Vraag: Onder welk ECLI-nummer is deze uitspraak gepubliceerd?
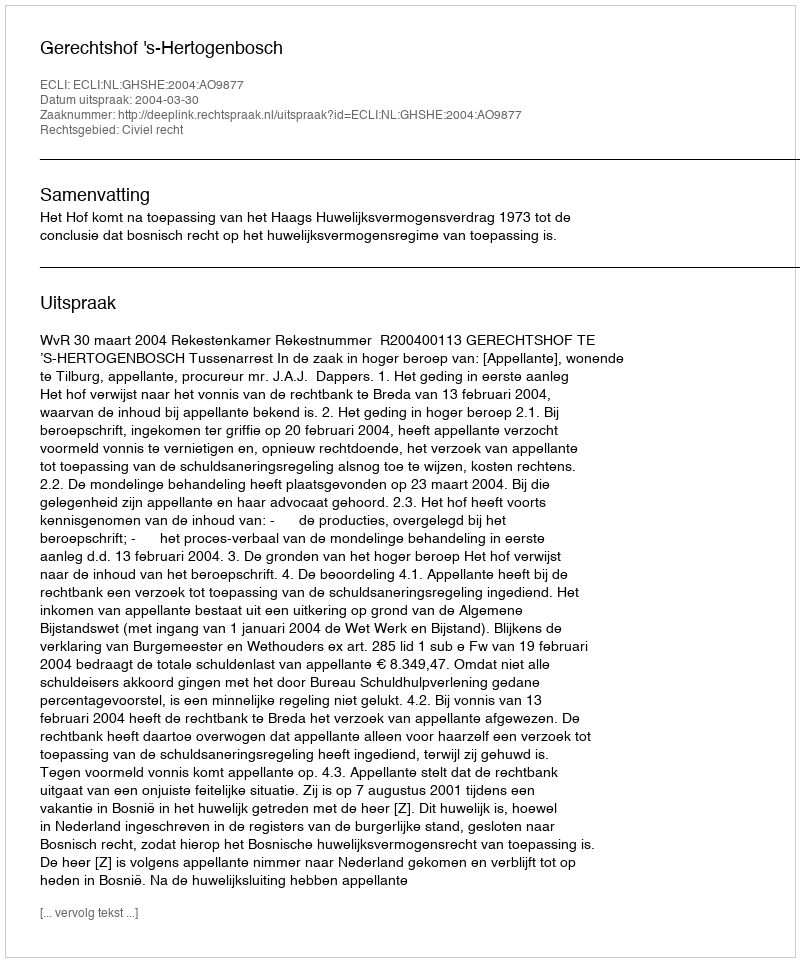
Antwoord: ECLI:NL:GHSHE:2004:AO9877